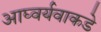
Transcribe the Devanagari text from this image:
आघ्वर्यवाकडे